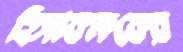
হিসাবক্ষকের